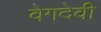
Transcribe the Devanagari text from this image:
वेगदेवी